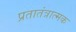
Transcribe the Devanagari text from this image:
प्रतातंत्रात्मक